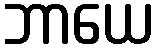
ဘာယေ